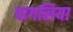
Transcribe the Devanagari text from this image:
पागलिया